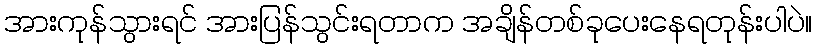
အားကုန်သွားရင် အားပြန်သွင်းရတာက အချိန်တစ်ခုပေးနေရတုန်းပါပဲ။